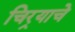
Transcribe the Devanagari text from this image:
चिर्‍याचे